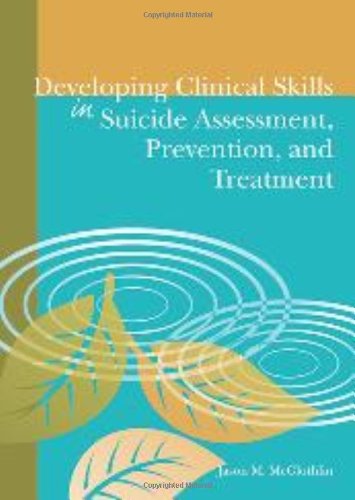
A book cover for Developing Clinical Skills in Suicide Assessment, Prevention, and Treatment; Jason M.; Self-Help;